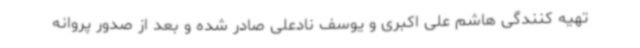
تهیه کنندگی هاشم علی اکبری و یوسف نادعلی صادر شده و بعد از صدور پروانه